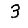
Digit: 3